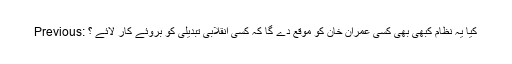
Previous: کیا یہ نظام کبھی بھی کسی عمران خان کو موقع دے گا کہ کسی انقلابی تبدیلی کو بروئے کار لائے ؟